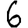
Digit: 6